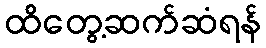
ထိတွေ့ဆက်ဆံရန်